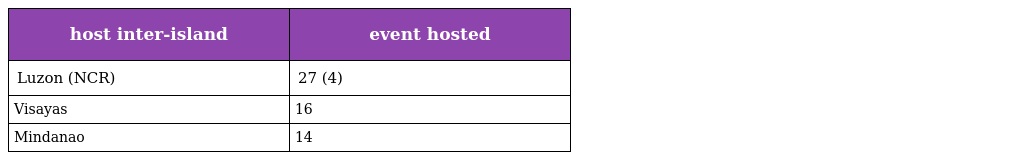
| host inter-island | event hosted |
 | --- | --- |
 | Luzon (NCR) | 27 (4) |
 | Visayas | 16 |
 | Mindanao | 14 |